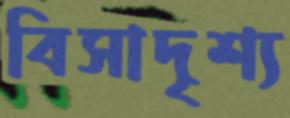
বিসাদৃশ্য